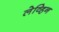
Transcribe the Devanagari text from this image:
लेव्हिन